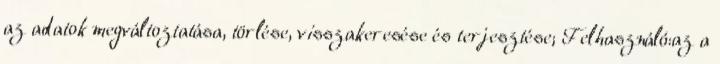
az adatok megváltoztatása, törlése, visszakeresése és terjesztése; Felhasználó:az a